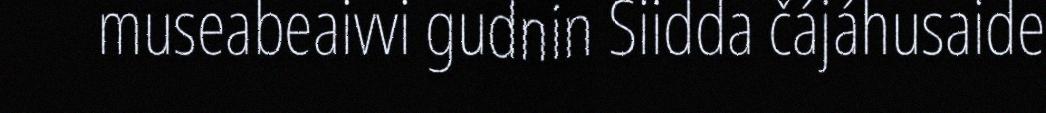
museabeaivvi gudnin Siidda čájáhusaide